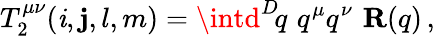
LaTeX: T_{2}^{\mu\nu}(\mathit{i},\mathbf{j},l,m)=\intd^{D}\! q\, \, q^{\mu}q^{\nu}\, \, {\mathbf{R}}(q)\, ,